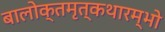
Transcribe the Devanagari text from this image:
बालोक्तमृत्कथारम्भो